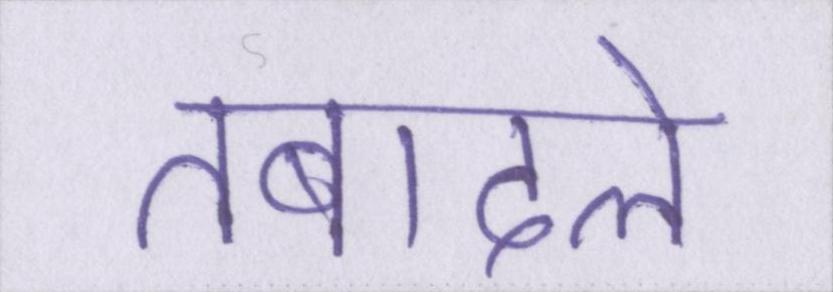
तबादले